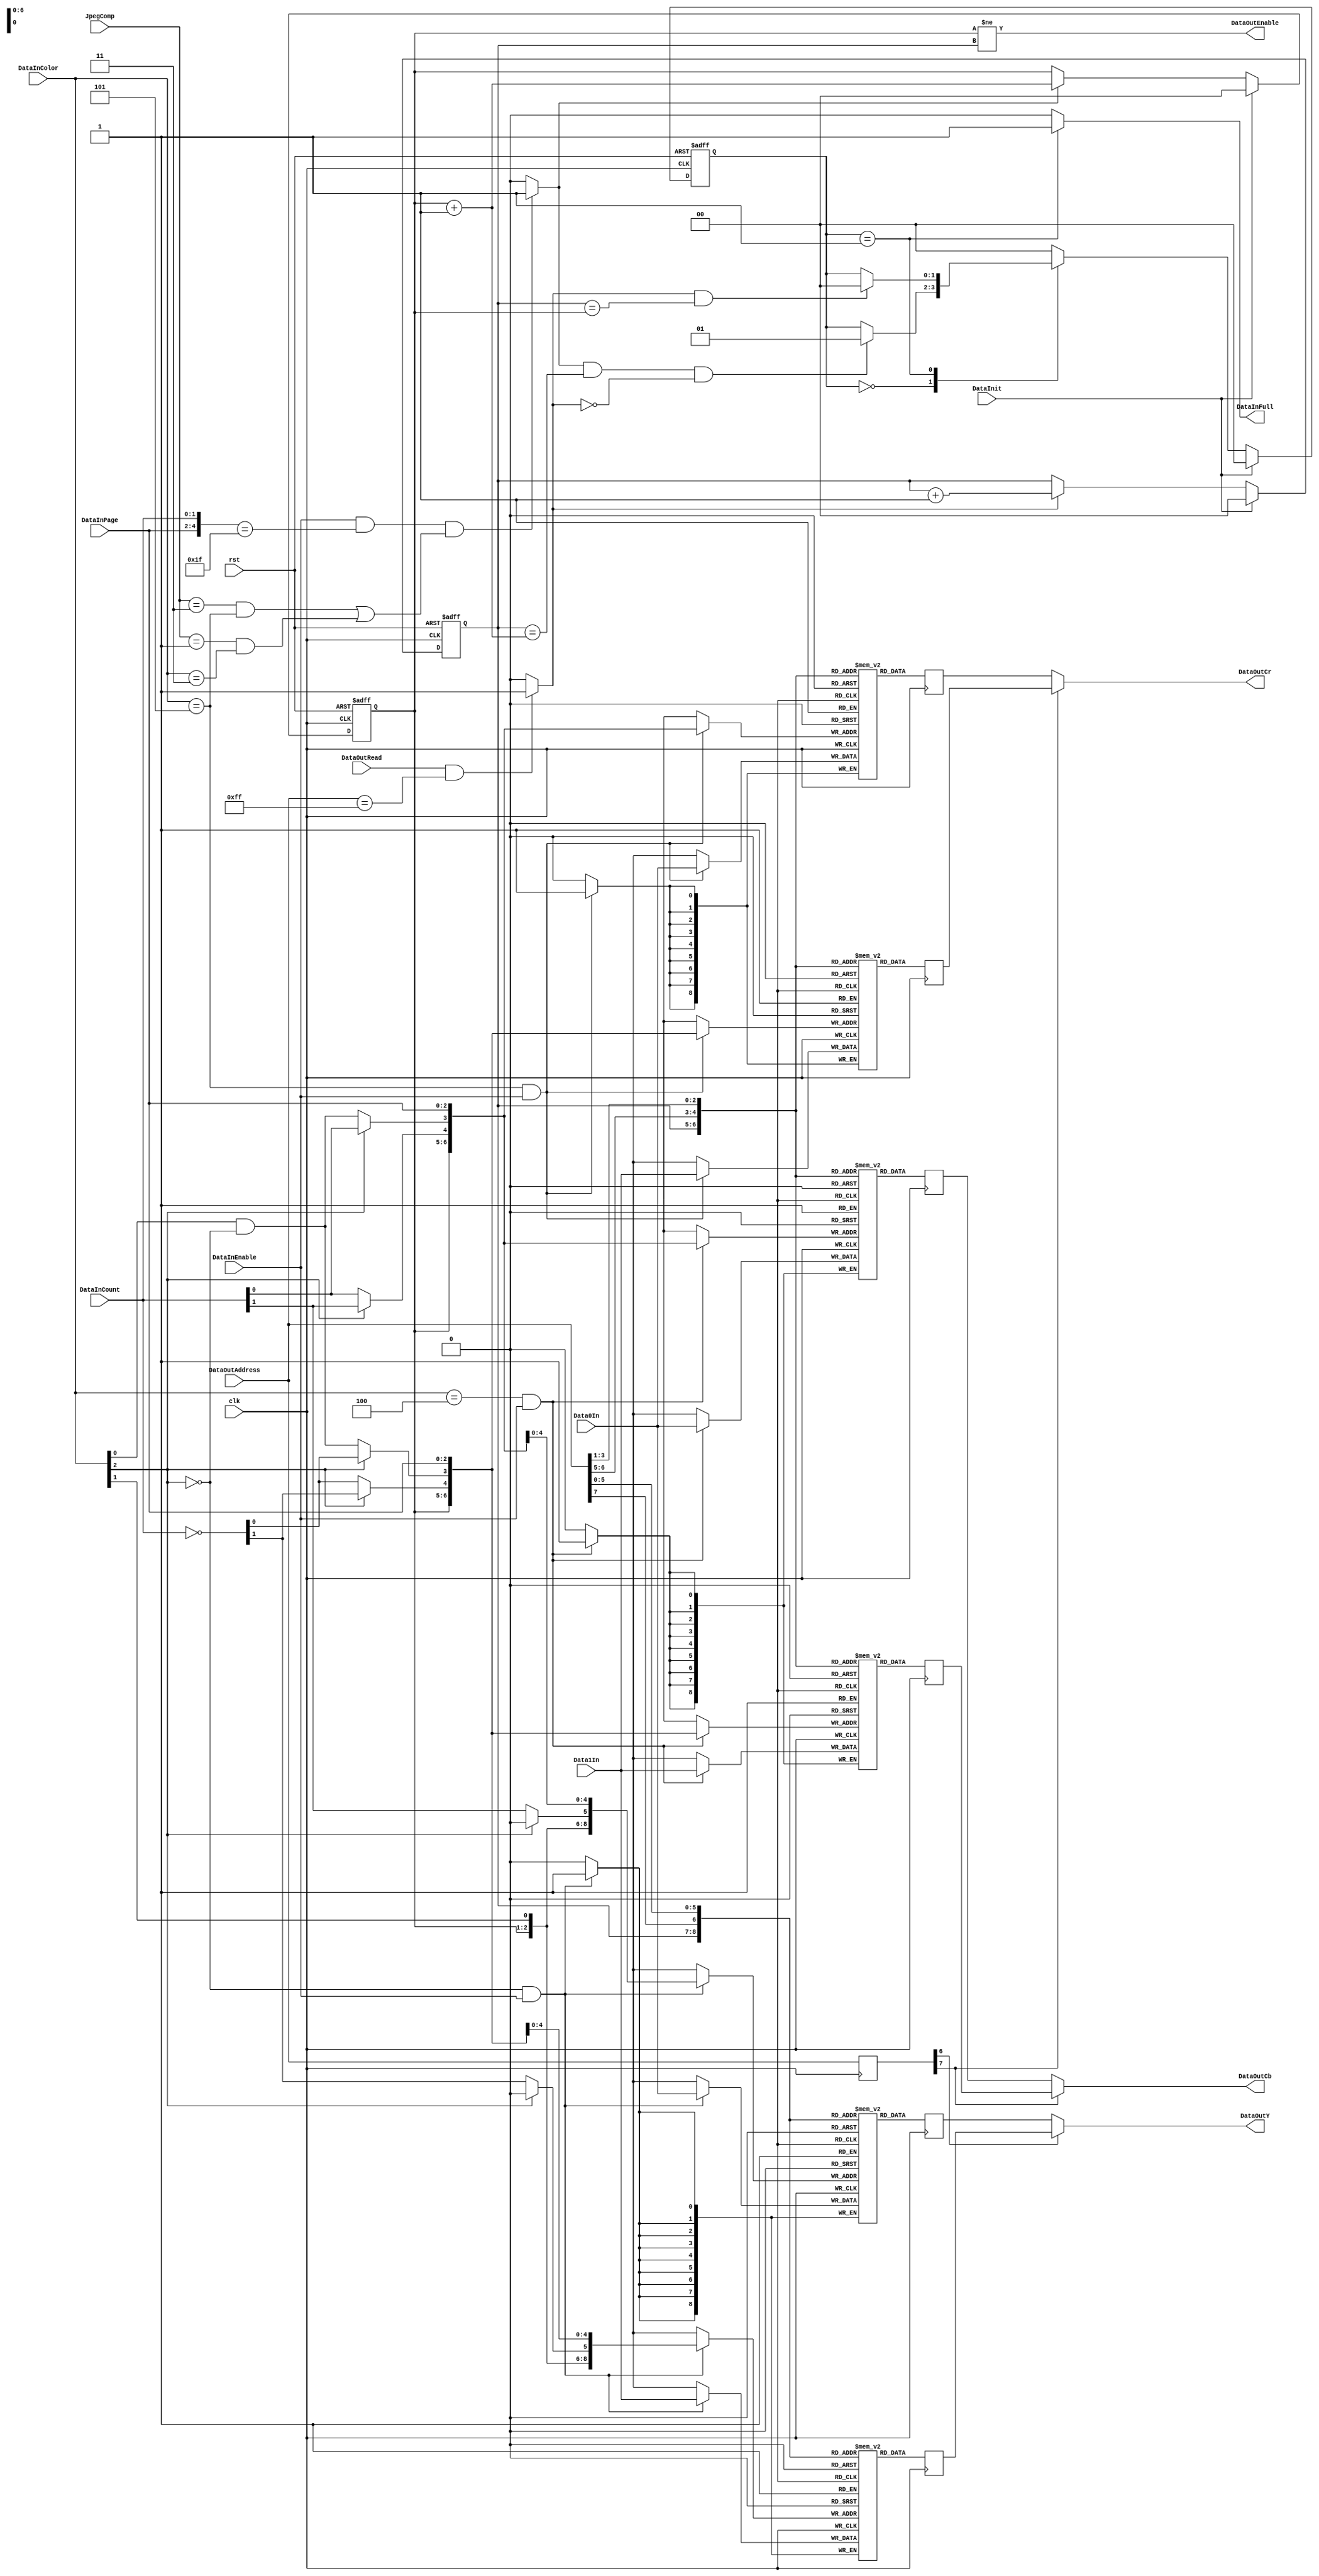
module aq_djpeg_ycbcr_mem(
	input			rst,
	input			clk,

	input			DataInit,
	input [2:0]	JpegComp,

	input			DataInEnable,
	input [2:0]	DataInColor,
	input [2:0]	DataInPage,
	input [1:0]	DataInCount,
	input [8:0]	Data0In,
	input [8:0]	Data1In,
	output			DataInFull,

	output			DataOutEnable,
	input [7:0]	DataOutAddress,
	input			DataOutRead,
	output [8:0]	DataOutY,
	output [8:0]	DataOutCb,
	output [8:0]	DataOutCr
);
	reg [8:0]		MemYA	[0:511];
	reg [8:0]		MemYB	[0:511];
	reg [8:0]		MemCbA [0:127];
	reg [8:0]		MemCbB [0:127];
	reg [8:0]		MemCrA [0:127];
	reg [8:0]		MemCrB [0:127];

	reg [1:0]		WriteBank, ReadBank;

	wire [5:0]		DataInAddress;

	assign DataInAddress = {DataInPage, DataInCount};

	wire WriteNext, ReadNext;
	
	assign WriteNext = (DataInEnable && (DataInAddress == 5'd63) && 
							(((JpegComp == 3'd3) && (DataInColor == 3'd5)) ||
							((JpegComp == 3'd1) && (DataInColor == 3'd3))))?1'b1:1'b0;
	assign ReadNext = (DataOutRead && (DataOutAddress == 8'd255))?1'b1:1'b0;

	// Bank
	always @(posedge clk or negedge rst) begin
		if(!rst) begin
			WriteBank	<= 2'd0;
			ReadBank	<= 2'd0;
		end else begin
			if(DataInit) begin
				WriteBank	<= 2'd0;
			end else if(WriteNext == 1'b1) begin
//				(DataInColor == 3'd5)) begin
				WriteBank	<= WriteBank + 2'd1;
			end
			if(DataInit) begin
				ReadBank	<= 2'd0;
			end else if(ReadNext == 1'b1) begin
				ReadBank	<= ReadBank + 2'd1;
			end
		end
	end
	
	reg [1:0]	state;
	localparam S_IDLE = 2'd0;
	localparam S_FULL = 2'd1;
	
	always @(posedge clk or negedge rst) begin
		if(!rst) begin
			state <= S_IDLE;
		end else begin
			if(DataInit) begin
				state <= S_IDLE;
			end else begin
				case(state)
					S_IDLE: begin
						if((WriteNext == 1'b1) && (ReadBank == (WriteBank +2'b1)) && (ReadNext == 1'b0)) begin
							state <= S_FULL;
						end
					end
					S_FULL: begin
						if((ReadNext == 1'b1) && (ReadBank == WriteBank)) begin
							state <= S_IDLE;
						end
					end
					default: begin
						state <= S_IDLE;
					end
				endcase
			end
		end
	end
	assign DataInFull = (state == S_FULL)?1'b1:1'b0;

	wire [6:0]		WriteAddressA;
	wire [6:0]		WriteAddressB;

	function [6:0] F_WriteAddressA;
		input [2:0]	DataInColor;
		input [2:0]	DataInPage;
		input [1:0]	DataInCount;
		begin
			F_WriteAddressA[6]	= DataInColor[1];
			if(DataInColor[2] == 1'b0) begin
				F_WriteAddressA[5:4]	= DataInCount[1:0];
				F_WriteAddressA[3]	= DataInColor[0] & ~DataInColor[2];
			end else begin
				F_WriteAddressA[5]	= 1'b0;
				F_WriteAddressA[4:3]	= DataInCount[1:0];
			end
			F_WriteAddressA[2:0]		= DataInPage[2:0];
		end
	endfunction

	function [6:0] F_WriteAddressB;
		input [2:0]	DataInColor;
		input [2:0]	DataInPage;
		input [1:0]	DataInCount;
		begin
			F_WriteAddressB[6]	= DataInColor[1];
			if(DataInColor[2] == 1'b0) begin
				F_WriteAddressB[5:4]	= ~DataInCount[1:0];
				F_WriteAddressB[3]	= DataInColor[0] & ~DataInColor[2];
			end else begin
				F_WriteAddressB[5]	= 1'b0;
				F_WriteAddressB[4:3]	= ~DataInCount[1:0];
			end
			F_WriteAddressB[2:0]		= DataInPage[2:0];
		end
	endfunction

	assign WriteAddressA = F_WriteAddressA(DataInColor, DataInPage, DataInCount);
	assign WriteAddressB = F_WriteAddressB(DataInColor, DataInPage, DataInCount);

	always @(posedge clk) begin
		if(DataInColor[2] == 1'b0 & DataInEnable == 1'b1) begin
			MemYA[{WriteBank, WriteAddressA}] <= Data0In;
			MemYB[{WriteBank, WriteAddressB}] <= Data1In;
		end
	end

	always @(posedge clk) begin
		if(DataInColor == 3'b100 & DataInEnable == 1'b1) begin
			MemCbA[{WriteBank, WriteAddressA[4:0]}] <= Data0In;
			MemCbB[{WriteBank, WriteAddressB[4:0]}] <= Data1In;
		end
	end

	always @(posedge clk) begin
		if(DataInColor == 3'b101 & DataInEnable == 1'b1) begin
			MemCrA[{WriteBank, WriteAddressA[4:0]}] <= Data0In;
			MemCrB[{WriteBank, WriteAddressB[4:0]}] <= Data1In;
		end
	end

	reg [8:0] ReadYA;
	reg [8:0] ReadYB;
	reg [8:0] ReadCbA;
	reg [8:0] ReadCbB;
	reg [8:0] ReadCrA;
	reg [8:0] ReadCrB;

	reg [7:0] RegAdrs;

	always @(posedge clk) begin
		RegAdrs <= DataOutAddress;

		ReadYA	<= MemYA[{ReadBank, DataOutAddress[7],DataOutAddress[5:0]}];
		ReadYB	<= MemYB[{ReadBank, DataOutAddress[7],DataOutAddress[5:0]}];

		ReadCbA <= MemCbA[{ReadBank, DataOutAddress[6:5],DataOutAddress[3:1]}];
		ReadCrA <= MemCrA[{ReadBank, DataOutAddress[6:5],DataOutAddress[3:1]}];

		ReadCbB <= MemCbB[{ReadBank, DataOutAddress[6:5],DataOutAddress[3:1]}];
		ReadCrB <= MemCrB[{ReadBank, DataOutAddress[6:5],DataOutAddress[3:1]}];
	end

	assign DataOutEnable	= (WriteBank != ReadBank);
	assign DataOutY		= (RegAdrs[6] ==1'b0)?ReadYA:ReadYB;
	assign DataOutCb		= (RegAdrs[7] ==1'b0)?ReadCbA:ReadCbB;
	assign DataOutCr		= (RegAdrs[7] ==1'b0)?ReadCrA:ReadCrB;
endmodule